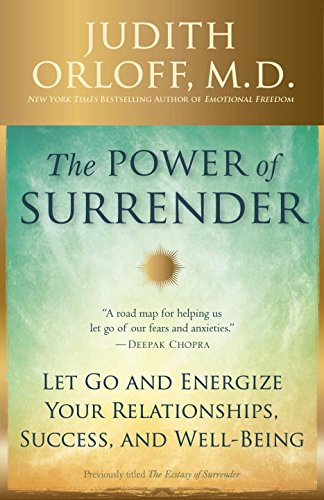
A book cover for The Power of Surrender: Let Go and Energize Your Relationships, Success, and Well-Being; Judith Orloff M.D.; Self-Help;